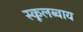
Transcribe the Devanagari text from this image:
स्कूलब्वाय